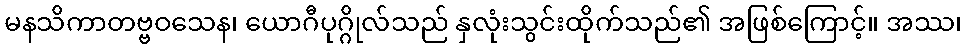
မနသိကာတဗ္ဗဝသေန၊ ယောဂီပုဂ္ဂိုလ်သည် နှလုံးသွင်းထိုက်သည်၏ အဖြစ်ကြောင့်။ အဿ၊